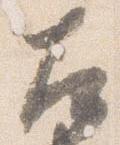
左